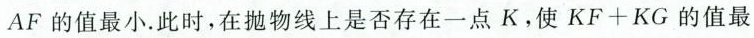
$$A F$$的值最小.此时，在抛物线上是否存在一点K，使$$K F + K G$$的值最